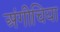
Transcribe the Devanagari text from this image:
अंगीचिया